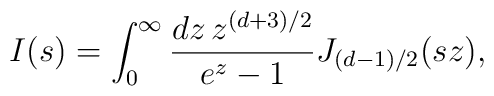
I(s)=\int_0^\infty{dz\,z^{(d+3)/2}\over e^z-1}J_{(d-1)/2}(sz),